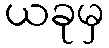
ယခုမှ